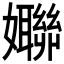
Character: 𱙱